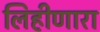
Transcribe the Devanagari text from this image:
लिहीणारा